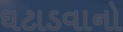
ઘટાડવાનો